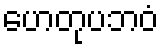
ဟေတုပဘဝံ